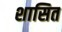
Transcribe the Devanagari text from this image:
शासित